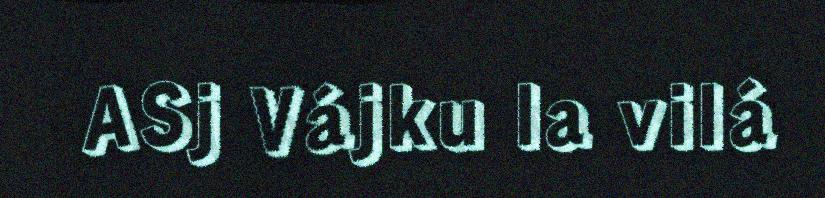
ASj Vájku la vilá